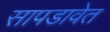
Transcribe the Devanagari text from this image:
सापडावेत